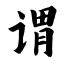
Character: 谓